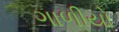
ગાળીયો